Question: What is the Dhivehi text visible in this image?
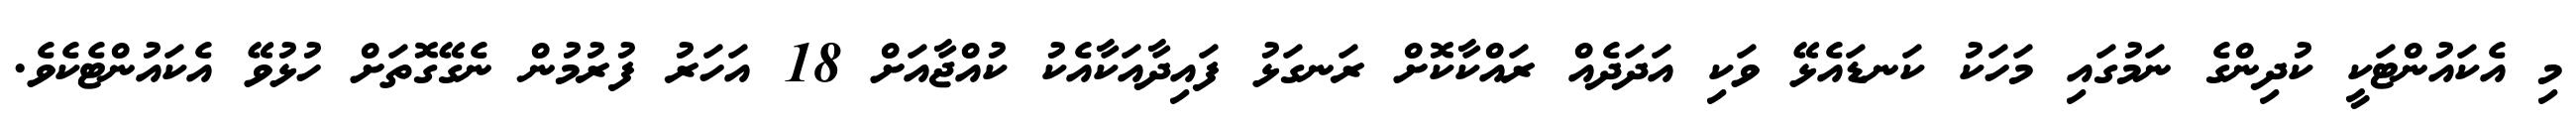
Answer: މި އެކައުންޓަކީ ކުދިންގެ ނަމުގައި މަހަކު ކަނޑައެޅޭ ވަކި އަދަދެއް ރައްކާކޮށް ރަނގަޅު ފައިދާއަކާއެކު ކުއްޖާއަށް 18 އަހަރު ފުރުމުން ނެގޭގޮތަށް ހުޅުވޭ އެކައުންޓެކެވެ.